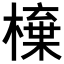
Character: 𣙆